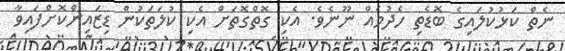
ނެތް ކަޅުކުލައިގެ ބޮޑެތި ހެދުމެއް ނޫނެވެ. އެކި ގޮތްގޮތަށް އެކި ކުލަތަކުން ޑިޒައިންކޮށްފައިވާ